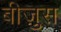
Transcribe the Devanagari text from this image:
बीज़ुस